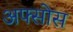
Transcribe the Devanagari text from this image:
अफ्सोस